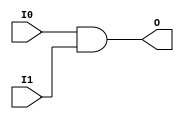
module AND2 (O, I0, I1);

    output O;

    input  I0, I1;

    and A1 (O, I0, I1);

endmodule